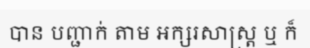
បាន បញ្ជាក់ តាម អក្សរសាស្ត្រ ឬ ក៏